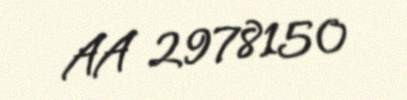
AA 2978150